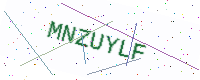
Text: MNZUYLF